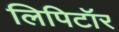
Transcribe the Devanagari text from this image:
लिपिटॉर